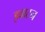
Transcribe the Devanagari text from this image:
इवाटन